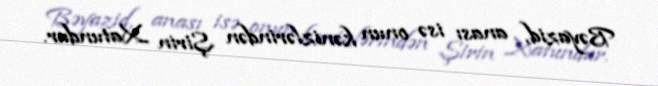
Bəyazid, anası isə onun kənizlərindən Şirin Xatundur.